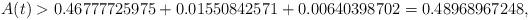
LaTeX: \begin{align*}A(t) > 0.46777725975 + 0.01550842571 + 0.00640398702 = 0.48968967248, \end{align*}